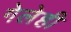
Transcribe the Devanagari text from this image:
गेलेही